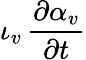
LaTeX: \iota_{v}\, \frac{\partial\alpha_{v}}{\partial t}